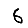
Digit: 6